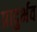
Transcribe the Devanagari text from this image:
प्रादुर्भव